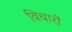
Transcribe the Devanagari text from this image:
विचारोें